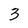
Character: 3